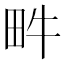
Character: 𤰼